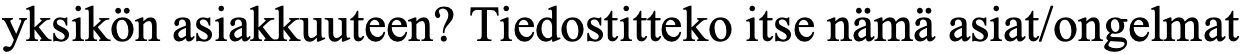
yksikön asiakkuuteen? Tiedostitteko itse nämä asiat/ongelmat